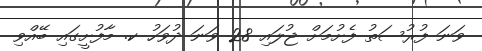
ވަނަ ފުރުސަތު ފެށުމަށް ޖުލައި 28 ވަނަ ދުވަހު ކ. މާފުށީގައި ބޭއްވި